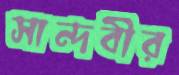
সান্দবীর